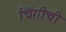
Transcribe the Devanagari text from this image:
चिंगीची